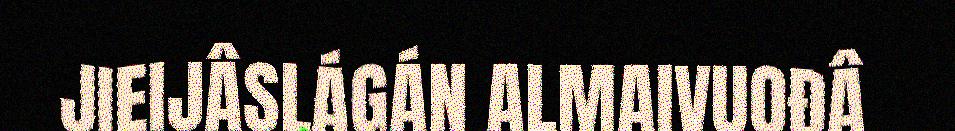
JIEIJÂSLÁGÁN ALMAIVUOĐÂ